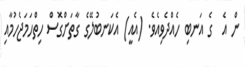
ން އެ  ގެ އަނބި ހެއްދެވިއެވެ. (އެއީ) އެކަނބުލޭގެ ގާތަށްގޮސް ހިތްހަމަޖެހުމާއި